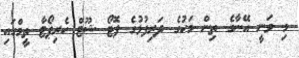
މި ވަނީ އޭނާގެ ތިން މަހުގެ ދަރިފުޅުގެ ފޮޓޯ ޝޫޓް ހެރިޕޯޓާ ތީމްގައި